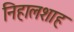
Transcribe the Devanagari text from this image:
निहालशाह